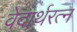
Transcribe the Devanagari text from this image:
वेदार्थरत्न